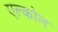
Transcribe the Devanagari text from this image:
एल्कोल